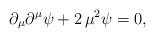
LaTeX: \begin{align*}\partial_{\mu}\partial^{\mu}\psi+2\,\mu^{2}\psi = 0,\end{align*}